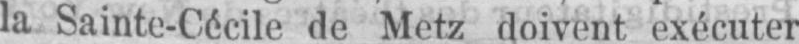
la Sainte-Cécile de Metz doivent exécuter